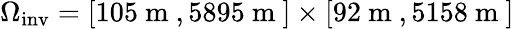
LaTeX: \Omega_{\mathrm{inv}}=[105\mathrm{~m~},5895\mathrm{~m~}]\times[92\mathrm{~m~},5158\mathrm{~m~}]